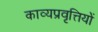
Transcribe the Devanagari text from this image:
काव्यप्रवृत्तियों